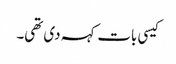
کیسی بات کہہ دی تھی۔